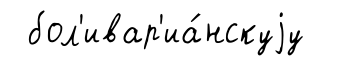
бол'ивар'иа́нскуjу